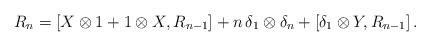
LaTeX: \begin{align*}R_n = [X \otimes 1 + 1 \otimes X , R_{n-1}] + n \, \delta_1 \otimes \delta_n + [\delta_1 \otimes Y , R_{n-1}] \, . \end{align*}